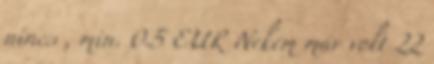
nincs , min. 0.5 EUR Nekem már volt 22